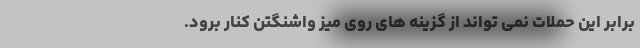
برابر این حملات نمی تواند از گزینه های روی میز واشنگتن کنار برود.